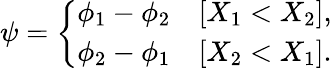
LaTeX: \begin{array}{r}{\psi=\left\{ \begin{array}{ll}{\phi_{1}-\phi_{2}}&{[X_{1}<X_{2}],}\\ {\phi_{2}-\phi_{1}}&{[X_{2}<X_{1}].}\end{array}\right.}\end{array}